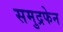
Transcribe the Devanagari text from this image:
समुद्रफेन